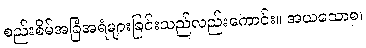
စည်းစိမ်အခြံအရံများခြင်းသည်လည်းကောင်း။ အယသောစ၊